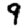
Digit: 9